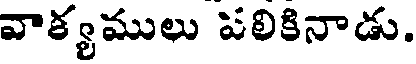
వాక్యములు పలికినాడు.